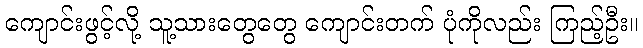
ကျောင်းဖွင့်လို့ သူ့သားတွေတွေ ကျောင်းတက် ပုံကိုလည်း ကြည့်ဦး။